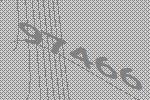
97466